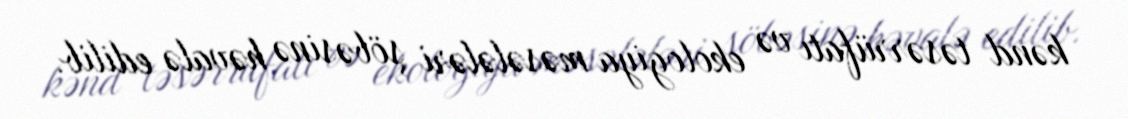
kənd təsərrüfatı və ekologiya məsələləri şöbəsinə həvalə edilib.